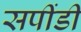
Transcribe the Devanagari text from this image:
सपींडी